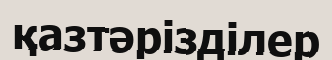
қазтәрізділер